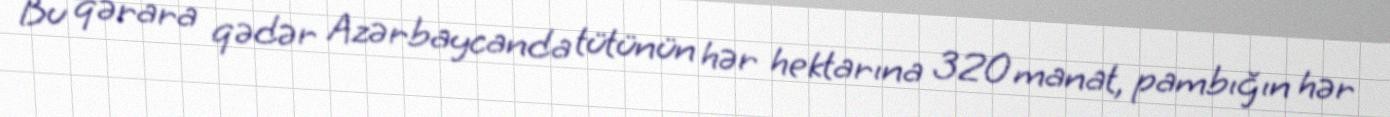
Bu qərara qədər Azərbaycanda tütünün hər hektarına 320 manat, pambığın hər